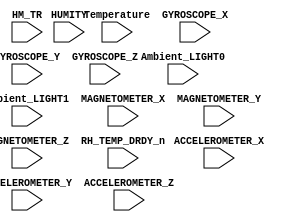
module SENSOR_OUT  (
	input [7:0]   Temperature    ,
   input [7:0]   HUMITY         ,
	input [15:0]  Ambient_LIGHT0 ,
	input [15:0]  Ambient_LIGHT1 ,
 	input [15:0]  ACCELEROMETER_X,
	input [15:0]  ACCELEROMETER_Y,
	input [15:0]  ACCELEROMETER_Z,
	input [15:0]  GYROSCOPE_X    ,
	input [15:0]  GYROSCOPE_Y    ,
	input [15:0]  GYROSCOPE_Z    ,
	input [15:0]  MAGNETOMETER_X ,
	input [15:0]  MAGNETOMETER_Y ,
	input [15:0]  MAGNETOMETER_Z ,	
	input         RH_TEMP_DRDY_n ,       
	input         HM_TR                   
); 


endmodule